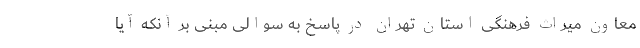
معاون میراث فرهنگی استان تهران در پاسخ به سوالی مبنی بر آنکه آیا